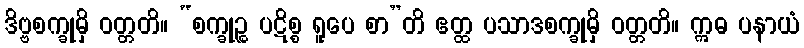
ဒိဗ္ဗစက္ခုမှိ ဝတ္တတိ။ “စက္ခုဉ္စ ပဋိစ္စ ရူပေ စာ”တိ ဧတ္ထ ပသာဒစက္ခုမှိ ဝတ္တတိ။ ဣဓ ပနာယံ